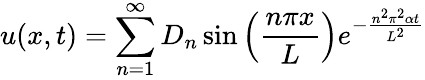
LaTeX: u(x,t)=\sum_{n=1}^{\infty}D_{n}\sin\left({\frac{n\pi x}{L}}\right)e^{-{\frac{n^{2}\pi^{2}\alpha t}{L^{2}}}}